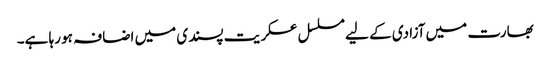
بھارت میں آزادی کے لیے مسلسل عسکریت پسندی میں اضافہ ہو رہا ہے۔